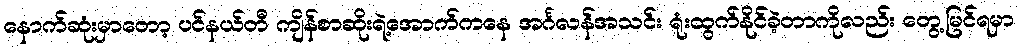
နောက်ဆုံးမှာတော့ ပင်နယ်တီ ကျိန်စာဆိုးရဲ့အောက်ကနေ အင်္ဂလန်အသင်း ရုံးထွက်နိုင်ခဲ့တာကိုလည်း တွေ့မြင်ရမှာ